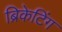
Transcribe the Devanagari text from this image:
ब्रिकेटिंग